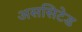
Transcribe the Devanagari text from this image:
अससिटेड